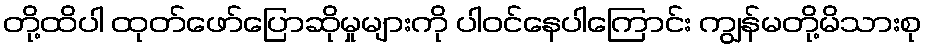
တို့ထိပါ ထုတ်ဖော်ပြောဆိုမှုများကို ပါဝင်နေပါကြောင်း ကျွန်မတို့မိသားစု